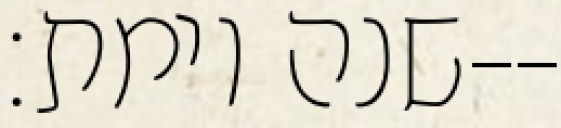
שנה וימת׃--